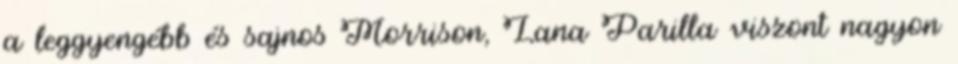
a leggyengébb és sajnos Morrison, Lana Parilla viszont nagyon